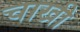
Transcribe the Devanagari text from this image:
चाखी